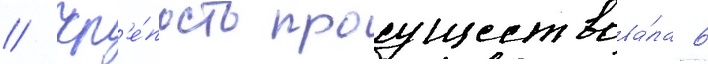
// Кр'е́пость просуществова́ла 6